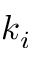
k _ { i }